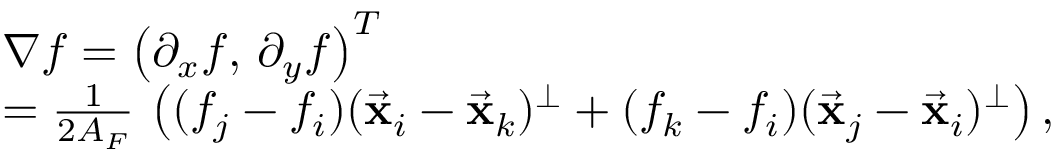
\begin{array} { r l } & { \nabla f = \left( \partial _ { x } f , \, \partial _ { y } f \right) ^ { T } } \\ & { = \frac { 1 } { 2 A _ { F } } \, \left( ( f _ { j } - f _ { i } ) ( \vec { \bf x } _ { i } - \vec { \bf x } _ { k } ) ^ { \perp } + ( f _ { k } - f _ { i } ) ( \vec { \bf x } _ { j } - \vec { \bf x } _ { i } ) ^ { \perp } \right) , } \end{array}